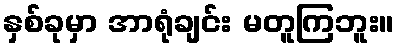
နှစ်ခုမှာ အာရုံချင်း မတူကြဘူး။